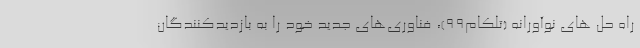
راه حل های نوآورانه (تلکام99)، فناوری‌های جدید خود را به بازدیدکنندگان